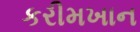
કરીમખાન